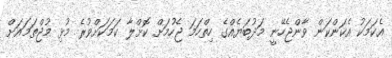
އެކަމަކު އެކަންކަން ވާންޖެހޭނީ މަދުބަޔެއްގެ ހިތްހަމަ ޖެހުމަށް ކޮށްލާ ކަމަކަށްވުރެ މުޅި މުޖްތަމައަށް